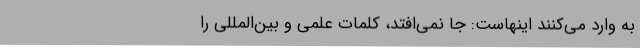
به وارد می‌کنند اینهاست: جا نمی‌‌افتد، کلمات علمی و بین‌المللی را